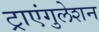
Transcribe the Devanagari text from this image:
ट्राएंगुलेशन